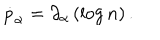
\dot { p } _ { \alpha } = \partial _ { \alpha } \left( \log n \right) .